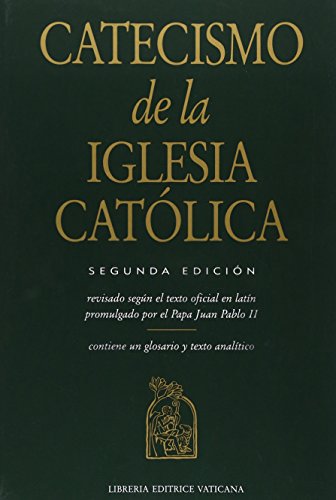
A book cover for Catecismo de la Iglesia Catolica (Spanish Edition); juan ii (revised by) pablo; Christian Books & Bibles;